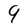
Character: 9